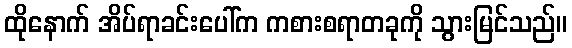
ထိုနောက် အိပ်ရာခင်းပေါ်က ကစားစရာတခုကို သွားမြင်သည်။